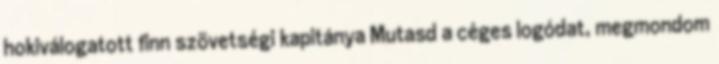
hokiválogatott finn szövetségi kapitánya Mutasd a céges logódat, megmondom